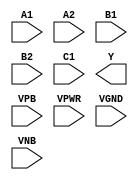
module sky130_fd_sc_hdll__o221ai (
    //# {{data|Data Signals}}
    input  A1  ,
    input  A2  ,
    input  B1  ,
    input  B2  ,
    input  C1  ,
    output Y   ,

    //# {{power|Power}}
    input  VPB ,
    input  VPWR,
    input  VGND,
    input  VNB
);
endmodule